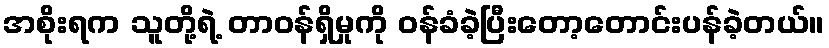
အစိုးရက သူတို့ရဲ့ တာဝန်ရှိမှုကို ဝန်ခံခဲ့ပြီးတော့တောင်းပန်ခဲ့တယ်။